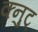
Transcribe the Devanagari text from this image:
क्नुट्